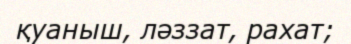
қуаныш, ләззат, рахат;